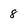
Character: 8